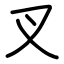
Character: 叉